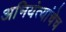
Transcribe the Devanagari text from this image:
अभियंत्यांचेच